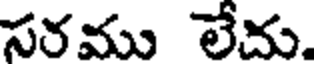
సరము లేదు.